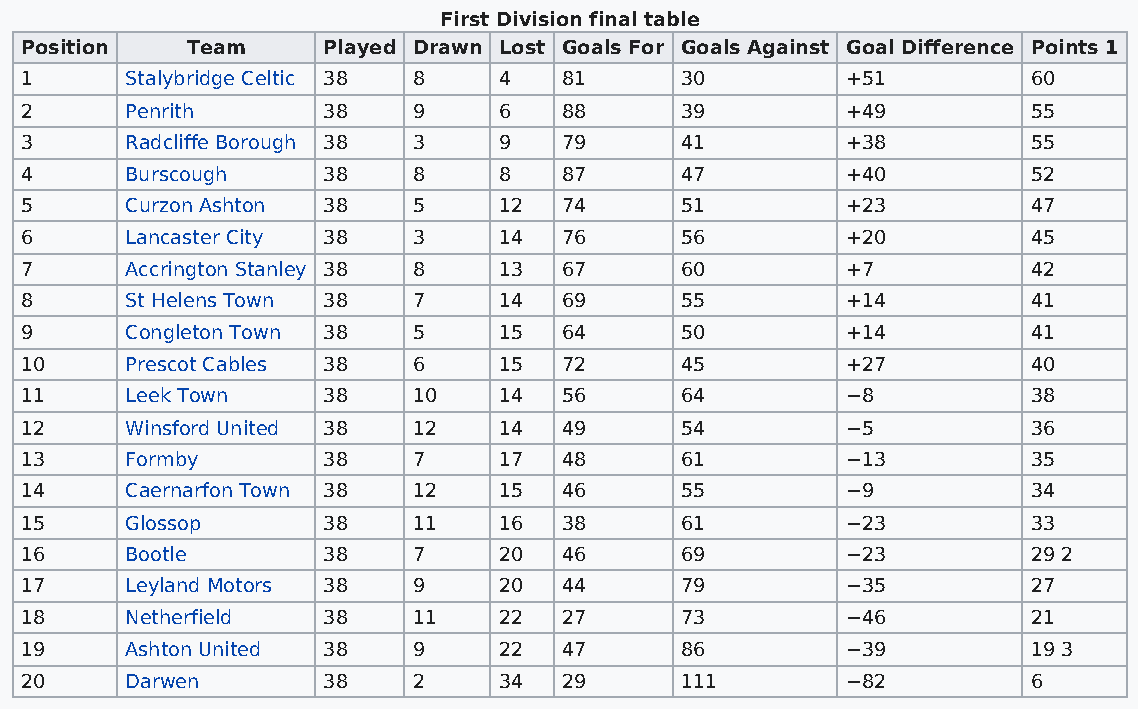
First Division final table
 Position   Team     Played Drawn Lost Goals For Goals Against Goal Difference Points 1
 1      Stalybridge Celtic 38 8  4   81      30         +51         60
 2      Penrith      38    9     6   88      39         +49         55
 3      Radcliffe Borough 38 3   9   79      41         +38         55
 4      Burscough    38    8     8   87      47         +40         52
 5      Curzon Ashton 38   5     12  74      51         +23         47
 6      Lancaster City 38  3     14  76      56         +20         45
 7      Accrington Stanley 38 8  13  67      60         +7          42
 8      St Helens Town 38  7     14  69      55         +14         41
 9      Congleton Town 38  5     15  64      50         +14         41
 10     Prescot Cables 38  6     15  72      45         +27         40
 11     Leek Town    38    10    14  56      64         −8          38
 12     Winsford United 38 12    14  49      54         −5          36
 13     Formby       38    7     17  48      61         −13         35
 14     Caernarfon Town 38 12    15  46      55         −9          34
 15     Glossop      38    11    16  38      61         −23         33
 16     Bootle       38    7     20  46      69         −23         29 2
 17     Leyland Motors 38  9     20  44      79         −35         27
 18     Netherfield  38    11    22  27      73         −46         21
 19     Ashton United 38   9     22  47      86         −39         19 3
 20     Darwen       38    2     34  29      111        −82         6